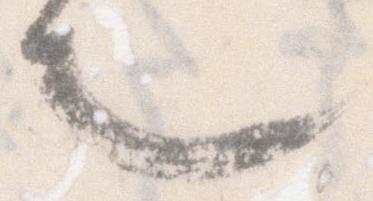
也